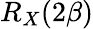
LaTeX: R_{X}(2\beta)